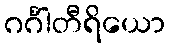
ဂင်္ဂါတီရိယော